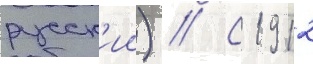
русск'ии) // С 1912